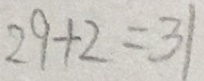
2 9 + 2 = 3 1